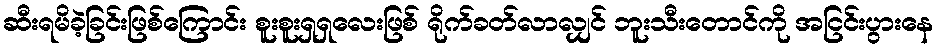
ဆီးရမိခဲ့ခြင်းဖြစ်ကြောင်း စူးစူးရှရှလေးဖြစ် ရိုက်ခတ်လာလျှင် ဘူးသီးတောင်ကို အငြင်းပွားနေ